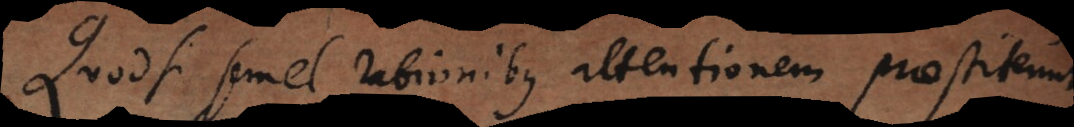
Quodsi semel rationibus attentionem praestiterint